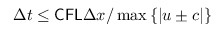
\Delta t \leq \mathsf { C F L } \Delta x / \operatorname* { m a x } \left\{ | u \pm c | \right\}